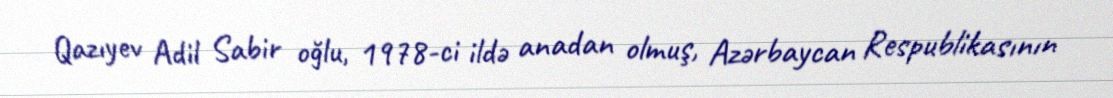
Qazıyev Adil Sabir oğlu, 1978-ci ildə anadan olmuş, Azərbaycan Respublikasının